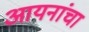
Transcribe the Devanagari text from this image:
आयनांचा